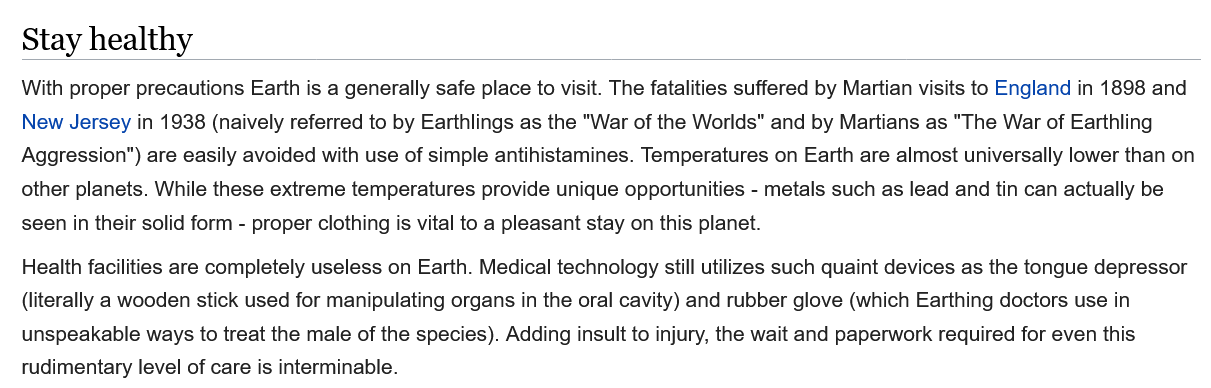
Stay  healthy
   With proper precautions Earth is a generally safe place to visit. The fatalities suffered by Martian visits to England in 1898 and
   New Jersey in 1938 (naively referred to by Earthlings as the "War of the Worlds" and by Martians as "The War of Earthling
   Aggression") are easily avoided with use of simple antihistamines. Temperatures on Earth are almost universally lower than on
   other planets. While these extreme temperatures provide unique opportunities -
     metals such as lead and tin can actually be
   seen in their solid form
     -
     proper clothing is vital to a pleasant stay on this planet.
   Health facilities are completely useless on Earth. Medical technology still utilizes such quaint devices as the tongue depressor
   (literally a wooden stick used for manipulating organs in the oral cavity) and rubber glove (which Earthing doctors use in
   unspeakable ways to treat the male of the species). Adding insult to injury, the wait and paperwork required for even this
   rudimentary level of care is interminable.